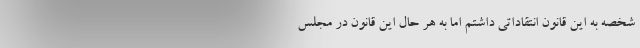
شخصه به این قانون انتقاداتی داشتم اما به هر حال این قانون در مجلس